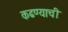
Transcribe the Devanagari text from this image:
कढण्याची